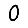
Digit: 0